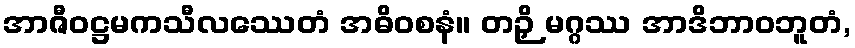
အာဇီဝဋ္ဌမကသီလဿေတံ အဓိဝစနံ။ တဉှိ မဂ္ဂဿ အာဒိဘာဝဘူတံ,